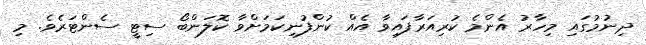
ދިނުމުގައި މިހާރު އެންމެ ކުރިއަރާފައިވާ އެއް ކުންފުނިކަމަށްވާ ކޮލަންބޯ ސިޓީ ސެންޓަރެވެ. މި